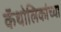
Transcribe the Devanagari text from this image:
कॅथोलिकांच्या